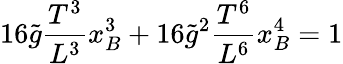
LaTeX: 16\tilde{g}\frac{T^{3}}{L^{3}}x_{B}^{3}+16\tilde{g}^{2}\frac{T^{6}}{L^{6}}x_{B}^{4}=1